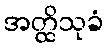
အတ္ထိသုခံ